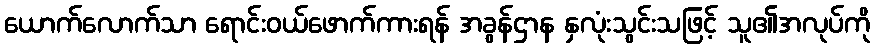
ယောက်လောက်သာ ရောင်းဝယ်ဖောက်ကားရန် အခွန်ဌာန နှလုံးသွင်းသဖြင့် သူ၏အလုပ်ကို